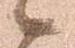
候